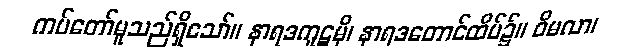
ကပ်တော်မူသည်ရှိသော်။ နာရဒကူဋမှိ၊ နာရဒတောင်ထိပ်၌။ ဝိမလာ၊